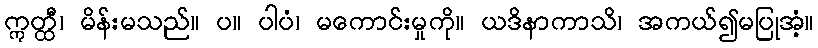
ဣတ္ထီ၊ မိန်းမသည်။ ပ။ ပါပံ၊ မကောင်းမှုကို။ ယဒိနာကာသိ၊ အကယ်၍မပြုအံ့။